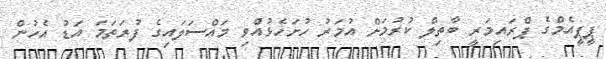
ޕީޕީއެމްގެ ޕްރައިމަރީ ބާތިލް ކުރުމަށް އުމަރު ހުށަހެޅުއްވި މައްސަލައިގެ ފުރަތަމަ އަޑު އެހުން